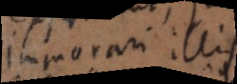
immorari illis